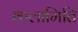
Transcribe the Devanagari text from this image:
कलामिति